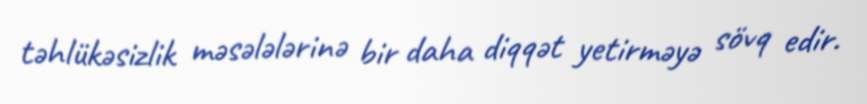
təhlükəsizlik məsələlərinə bir daha diqqət yetirməyə sövq edir.